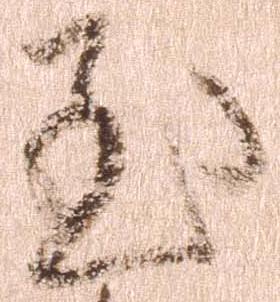
至